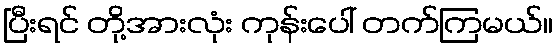
ပြီးရင် တို့အားလုံး ကုန်းပေါ် တက်ကြမယ်။